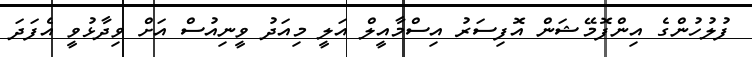
ފުލުހުންގެ އިންފޮމޭޝަން އޮފިސަރު އިސްމާއީލް އަލީ މިއަދު ވީނިއުސް އަށް ވިދާޅުވީ އެފަދަ